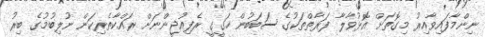
ނިންމާފައިވާއިރު މިގޮތަށް އޮޅުވާލާ ފަރާތްތަކުގެ ސަބަބުން ހަގީގީ ރެފިއުޖީންނަށް ރައްކާތެރިކަން ނުލިބުމުގެ ބިރު